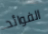
الفوائد